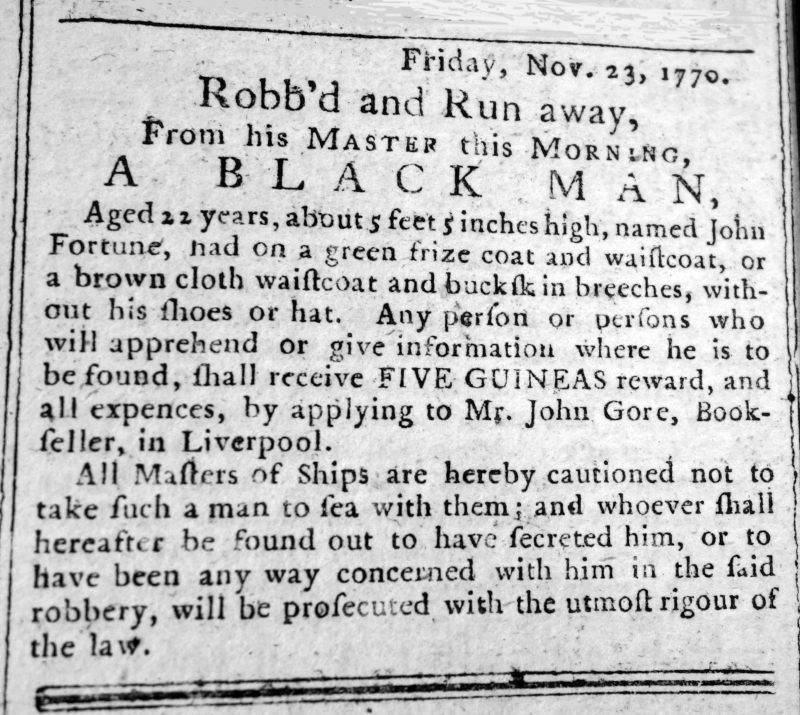
Liverpool General Advertiser, or the Commercial Register, 30 November 1770 (England)
                    Friday, Nov. 23, 1770.      Robb’d and Run away,    From his MASTER this MORNING,  A BLACK MAN,Aged 22 years, about 5 feet 5 inches high, named John Fortune, had on a green frize coat and waistcoat, or a brown cloth waistcoat and buckskin breeches, without his shoes or hat. Any person or persons who will apprehend or give information where he is to be found, shall receive FIVE GUINEAS reward, and all expences, by applying to Mr. John Gore, Bookseller, in Liverpool.  All Masters of Ships are hereby cautioned not to take such a man to sea with them; and whoever shall hereafter be found out to have secreted him, or to have been any way concerned with him in the said robbery, will be prosecuted with the utmost rigour of the law.